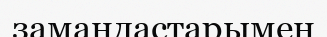
замандастарымен